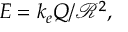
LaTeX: E = k _ { e } Q / { \mathcal { R } } ^ { 2 } ,